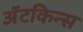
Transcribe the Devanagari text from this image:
अॅटकिन्स